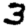
Digit: 3